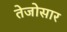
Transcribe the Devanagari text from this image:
तेजोसार